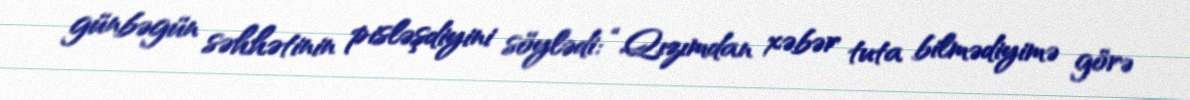
günbəgün səhhətinin pisləşdiyini söylədi: “Qızımdan xəbər tuta bilmədiyimə görə